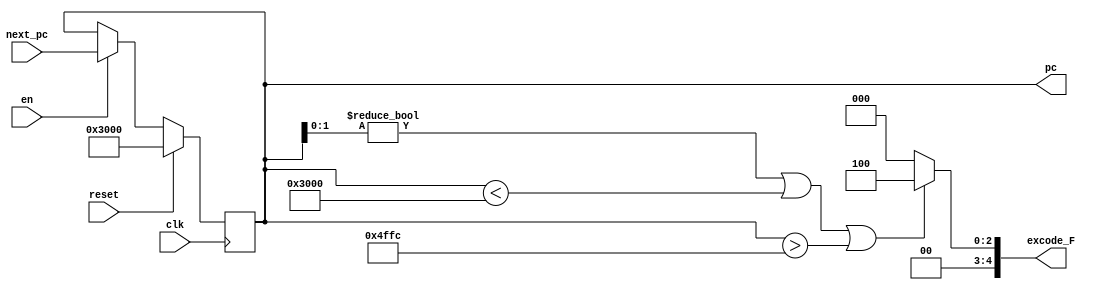
`timescale 1ns / 1ps
//////////////////////////////////////////////////////////////////////////////////
// Company: 
// Engineer: 
// 
// Design Name: 
// Module Name:    pc 
// Project Name: 
// Target Devices: 
// Tool versions: 
// Description: 
//
// Dependencies: 
//
// Revision: 
// Revision 0.01 - File Created
// Additional Comments: 
//
//////////////////////////////////////////////////////////////////////////////////
module pc(
    input clk,
    input reset,
	 input en,
	 input[31:0] next_pc,
    output reg[31:0] pc,
	 output [4:0] excode_F
    );

	initial begin
		pc<=32'h00003000;
	end
	
	assign excode_F = ((pc[1:0]!=2'b00)||(pc < 32'h00003000)||(pc > 32'h00004ffc)) ? 4 : 0;
	
	always@(posedge clk) begin
		if(reset) begin
			pc <= 32'h00003000;
		end
		else if(en) begin
			pc <= next_pc;
		end
		else begin
			pc <= pc;
		end
	end
endmodule